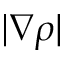
| \nabla \rho |